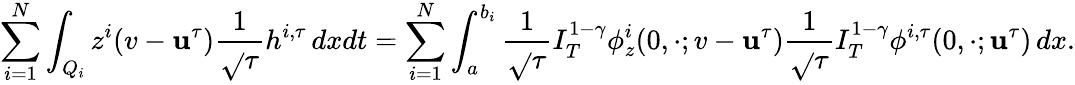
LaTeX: \sum_{i=1}^{N}\int_{Q_{i}}z^{i}(v-\mathbf{u}^{\tau})\frac{{1}}{{\sqrt{}{{\tau}}}}h^{i,\tau}\, dxdt=\sum_{i=1}^{N}\int_{a}^{b_{i}}\frac{{1}}{{\sqrt{}{{\tau}}}}I_{T}^{1-\gamma}\phi_{z}^{i}(0,\cdot;v-\mathbf{u}^{\tau})\frac{{1}}{{\sqrt{}{{\tau}}}}I_{T}^{1-\gamma}\phi^{i,\tau}(0,\cdot;\mathbf{u}^{\tau})\, dx.